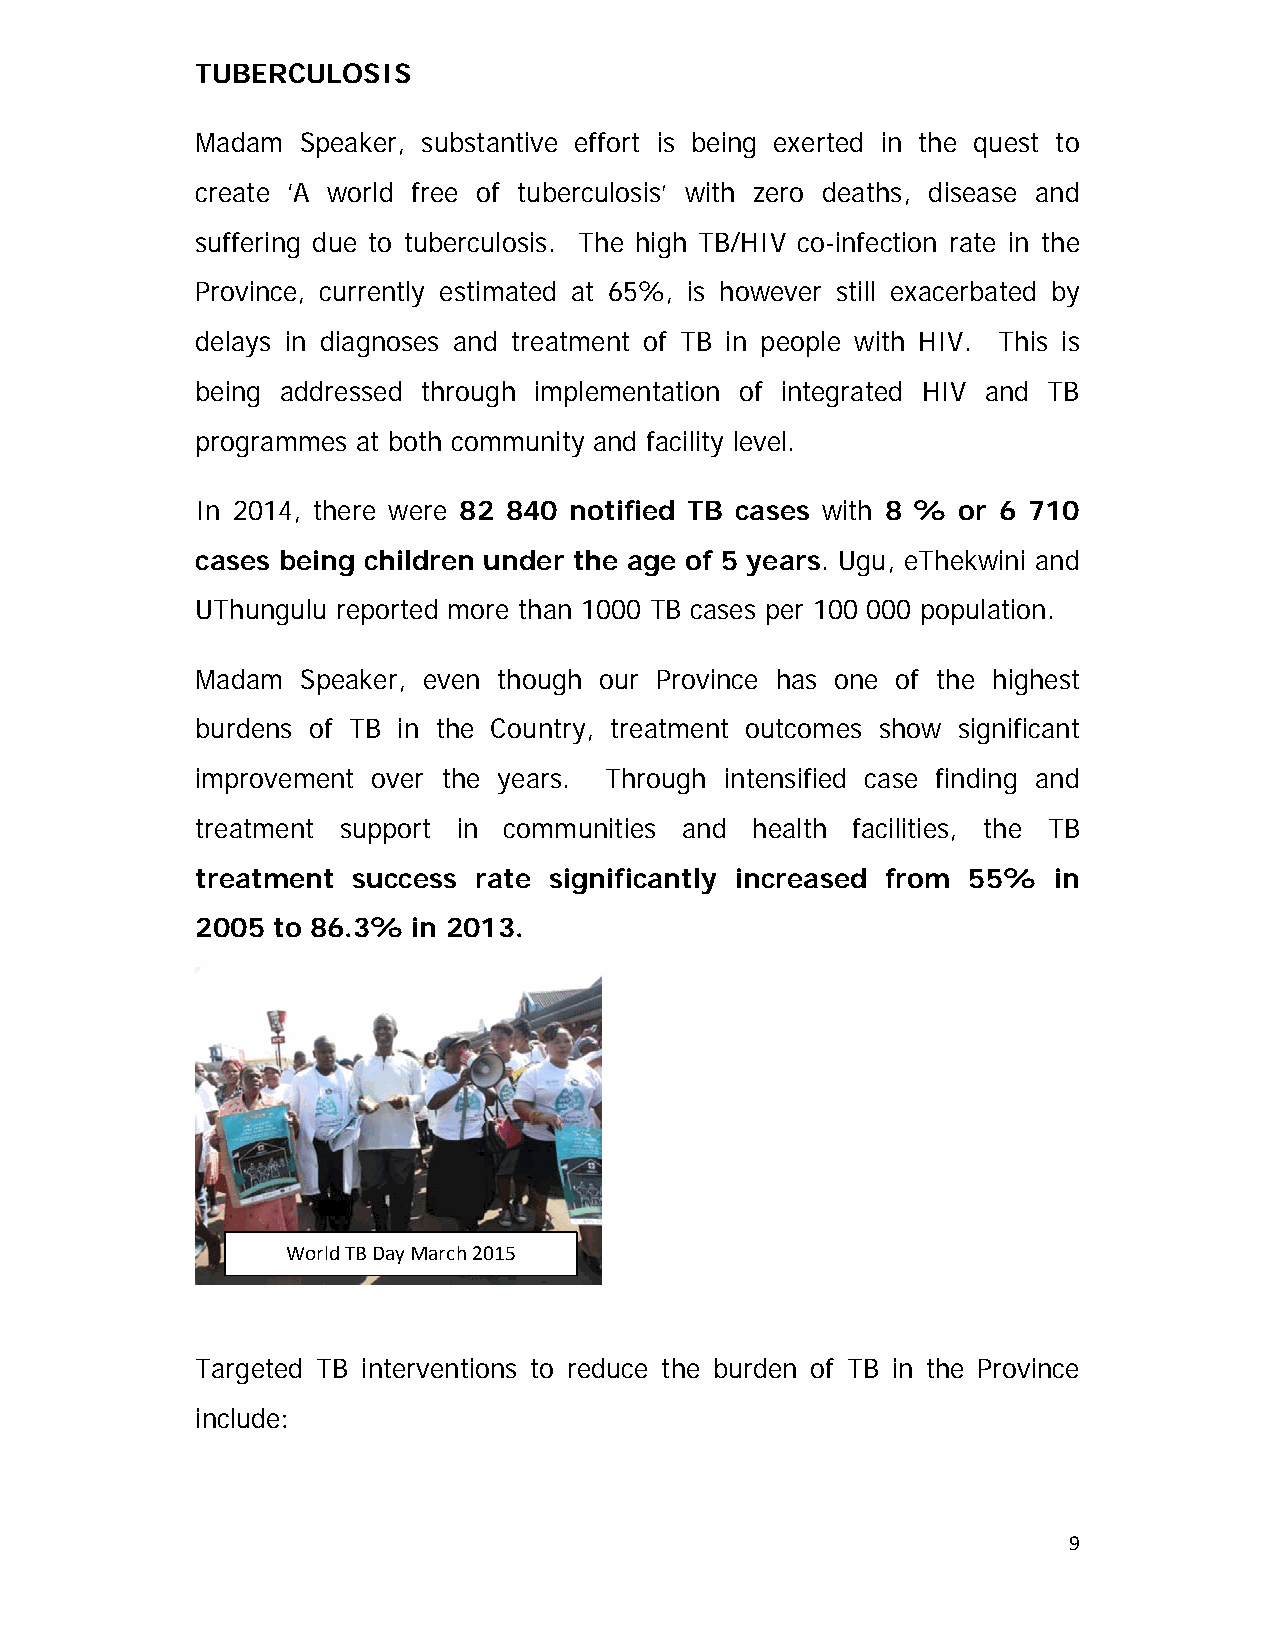
TUBERCULOSIS
 Madam  Speaker, substantive effort is being exerted in the quest to
 create ‘A world free of tuberculosis’ with zero deaths, disease and
 suffering due to tuberculosis. The high TB/HIV co-infection rate in the
 Province, currently estimated at 65%, is however still exacerbated by
 delays in diagnoses and treatment of TB in people with HIV. This is
 being addressed through implementation of integrated HIV and TB
 programmes at both community and facility level.
 In 2014, there were 82 840 notified TB cases with 8 % or 6 710
 cases being children under the age of 5 years. Ugu, eThekwini and
 UThungulu reported more than 1000 TB cases per 100 000 population.
 Madam  Speaker, even though our Province has one of the highest
 burdens of TB in the Country, treatment outcomes show significant
 improvement over the years. Through intensified case finding and
 treatment support in communities and health facilities, the TB
 treatment success rate significantly increased from 55%  in
 2005 to 86.3% in 2013.
 World TB Day March 2015
 Targeted TB interventions to reduce the burden of TB in the Province
 include:
 9